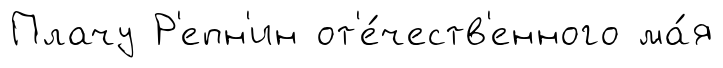
Плачу Р'епн'ин от'е́честв'енного ма́я